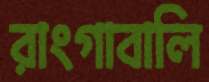
রাংগাবালি